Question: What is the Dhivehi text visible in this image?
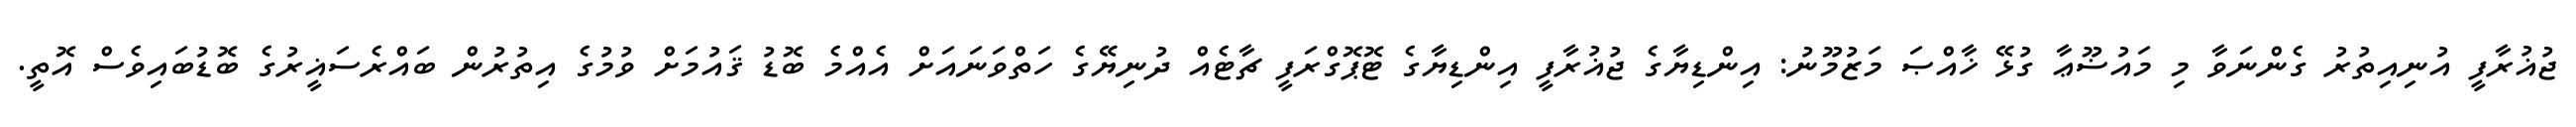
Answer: ޖުޣުރާފީ އުނިއިތުރު ގެންނަވާ މި މައުޟޫޢާ ގުޅޭ ޚާއްޞަ މަޒުމޫނު: އިންޑިޔާގެ ޖުޣުރާފީ އިންޑިޔާގެ ޓޮޕޮގްރަފީ ޗާޓެއް ދުނިޔޭގެ ހަތްވަނައަށް އެއްމެ ބޮޑު ޤައުމަށް ވުމުގެ އިތުރުން ބައްރެސަޣީރުގެ ބޮޑުބައިވެސް އޮތީ.